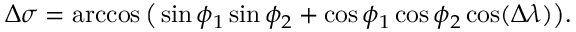
\Delta \sigma = \operatorname { a r c c o s } { \bigl ( } \sin \phi _ { 1 } \sin \phi _ { 2 } + \cos \phi _ { 1 } \cos \phi _ { 2 } \cos ( \Delta \lambda ) { \bigr ) } .